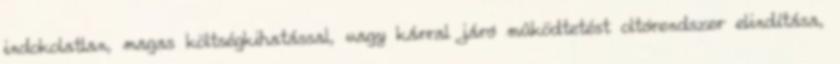
indokolatlan, magas költségkihatással, vagy kárral járó mûködtetést oltórendszer elindítása,